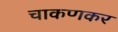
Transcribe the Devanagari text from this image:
चाकणकर